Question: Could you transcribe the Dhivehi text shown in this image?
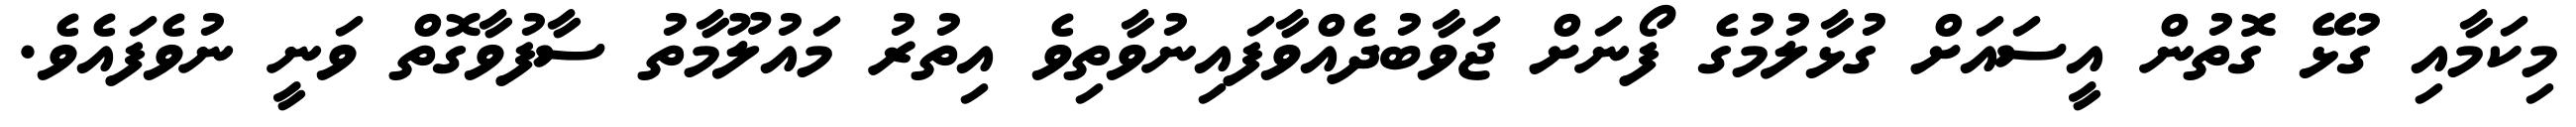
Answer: މިކަމާއި ގުޅޭ ގޮތުން އީސައަށް ގުޅާލުމުގެ ފޯނަށް ޖަވާބުދެއްވާފައިނުވާތިވެ އިތުރު މައުލޫމާތު ސާފުވާގޮތް ވަނީ ނުވެފައެވެ.